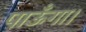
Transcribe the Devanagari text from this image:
पाऊँगा।